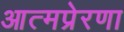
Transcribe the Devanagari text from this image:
आत्मप्रेरणा